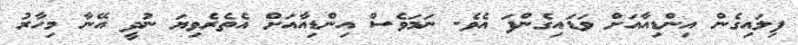
ފިލައިގެން އިންޑިއާއަށް ވަޑައިގެންފަ އެވެ. ނަމަވެސް އިންޑިއާއަށް އެތެރެވިޔަ ނުދީ އޭނާ މިހާރު